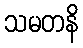
သမတနိ